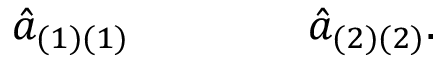
{ \hat { a } } _ { ( 1 ) ( 1 ) } \qquad \qquad { \hat { a } } _ { ( 2 ) ( 2 ) } .